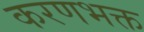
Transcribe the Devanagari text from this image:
करणभक्त